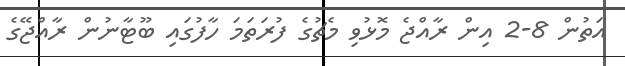
އަތުން 8-2 އިން ރާއްޖެ މޮޅުވި މެޗުގެ ފުރަތަމަ ހާފުގައި ބޫޓާނުން ރާއްޖޭގެ